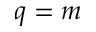
q = m